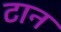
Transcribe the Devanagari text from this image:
टान